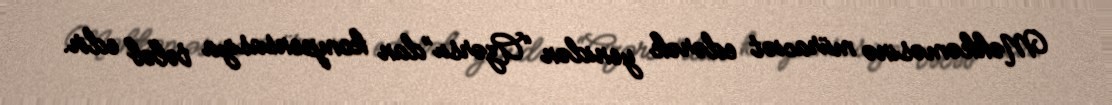
Məhkəməsinə müraciət edərək yenidən “Azərsu”dan kompensasiya tələb edir.